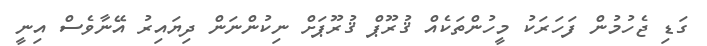
ގަޑި ޖެހުމުން ފަހަރަކު މީހުންތަކެއް ޤުރޫޕް ޤުރޫޕަށް ނިކުންނަން ދިޔައިރު އޭނާވެސް އިނީ